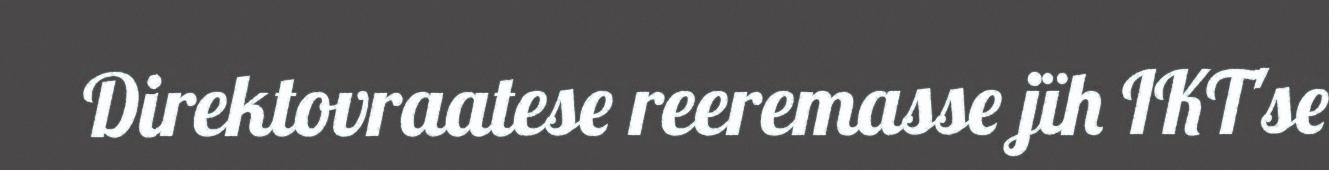
Direktovraatese reeremasse jïh IKT'se